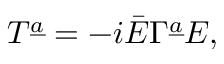
T ^ { \underline { { a } } } = - i \bar { E } \Gamma ^ { \underline { { a } } } E ,